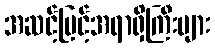
အဆင့်မြင့်အရာရှိကြီးများ